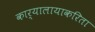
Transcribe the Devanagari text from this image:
कार्यालायाकरिता